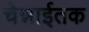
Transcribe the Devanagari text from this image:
चेन्नाईतक